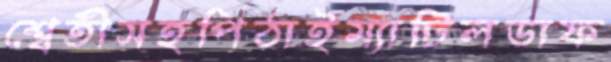
শ্বেতীসহপিঠাইম্যাটিলডাফ